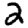
Digit: 2